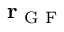
{ \bf r } _ { \textrm { G F } }